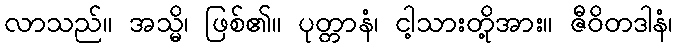
လာသည်။ အသ္မိ၊ ဖြစ်၏။ ပုတ္တာနံ၊ ငါ့သားတို့အား။ ဇီဝိတဒါနံ၊